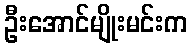
ဦးအောင်မျိုးမင်းက